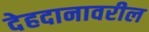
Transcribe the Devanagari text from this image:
देहदानावरील